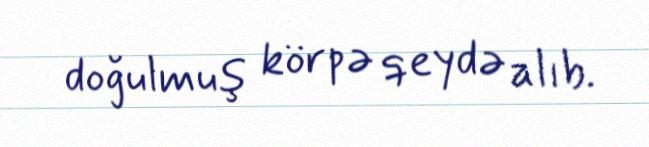
doğulmuş körpə qeydə alıb.